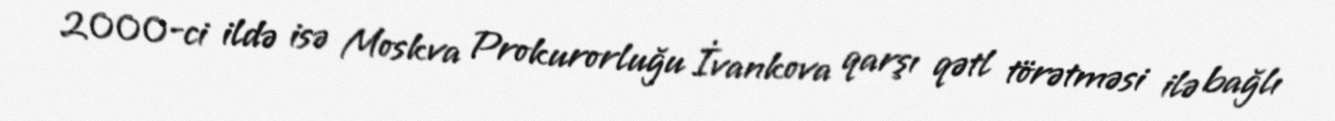
2000-ci ildə isə Moskva Prokurorluğu İvankova qarşı qətl törətməsi ilə bağlı